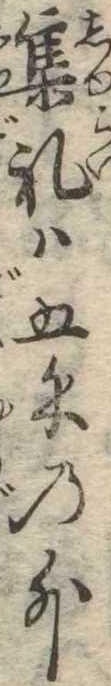
集礼は五匁の外